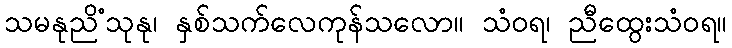
သမနုညိံသုနု၊ နှစ်သက်လေကုန်သလော။ သံဝရ၊ ညီထွေးသံဝရ။